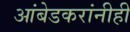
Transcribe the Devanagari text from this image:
आंबेडकरांनीही